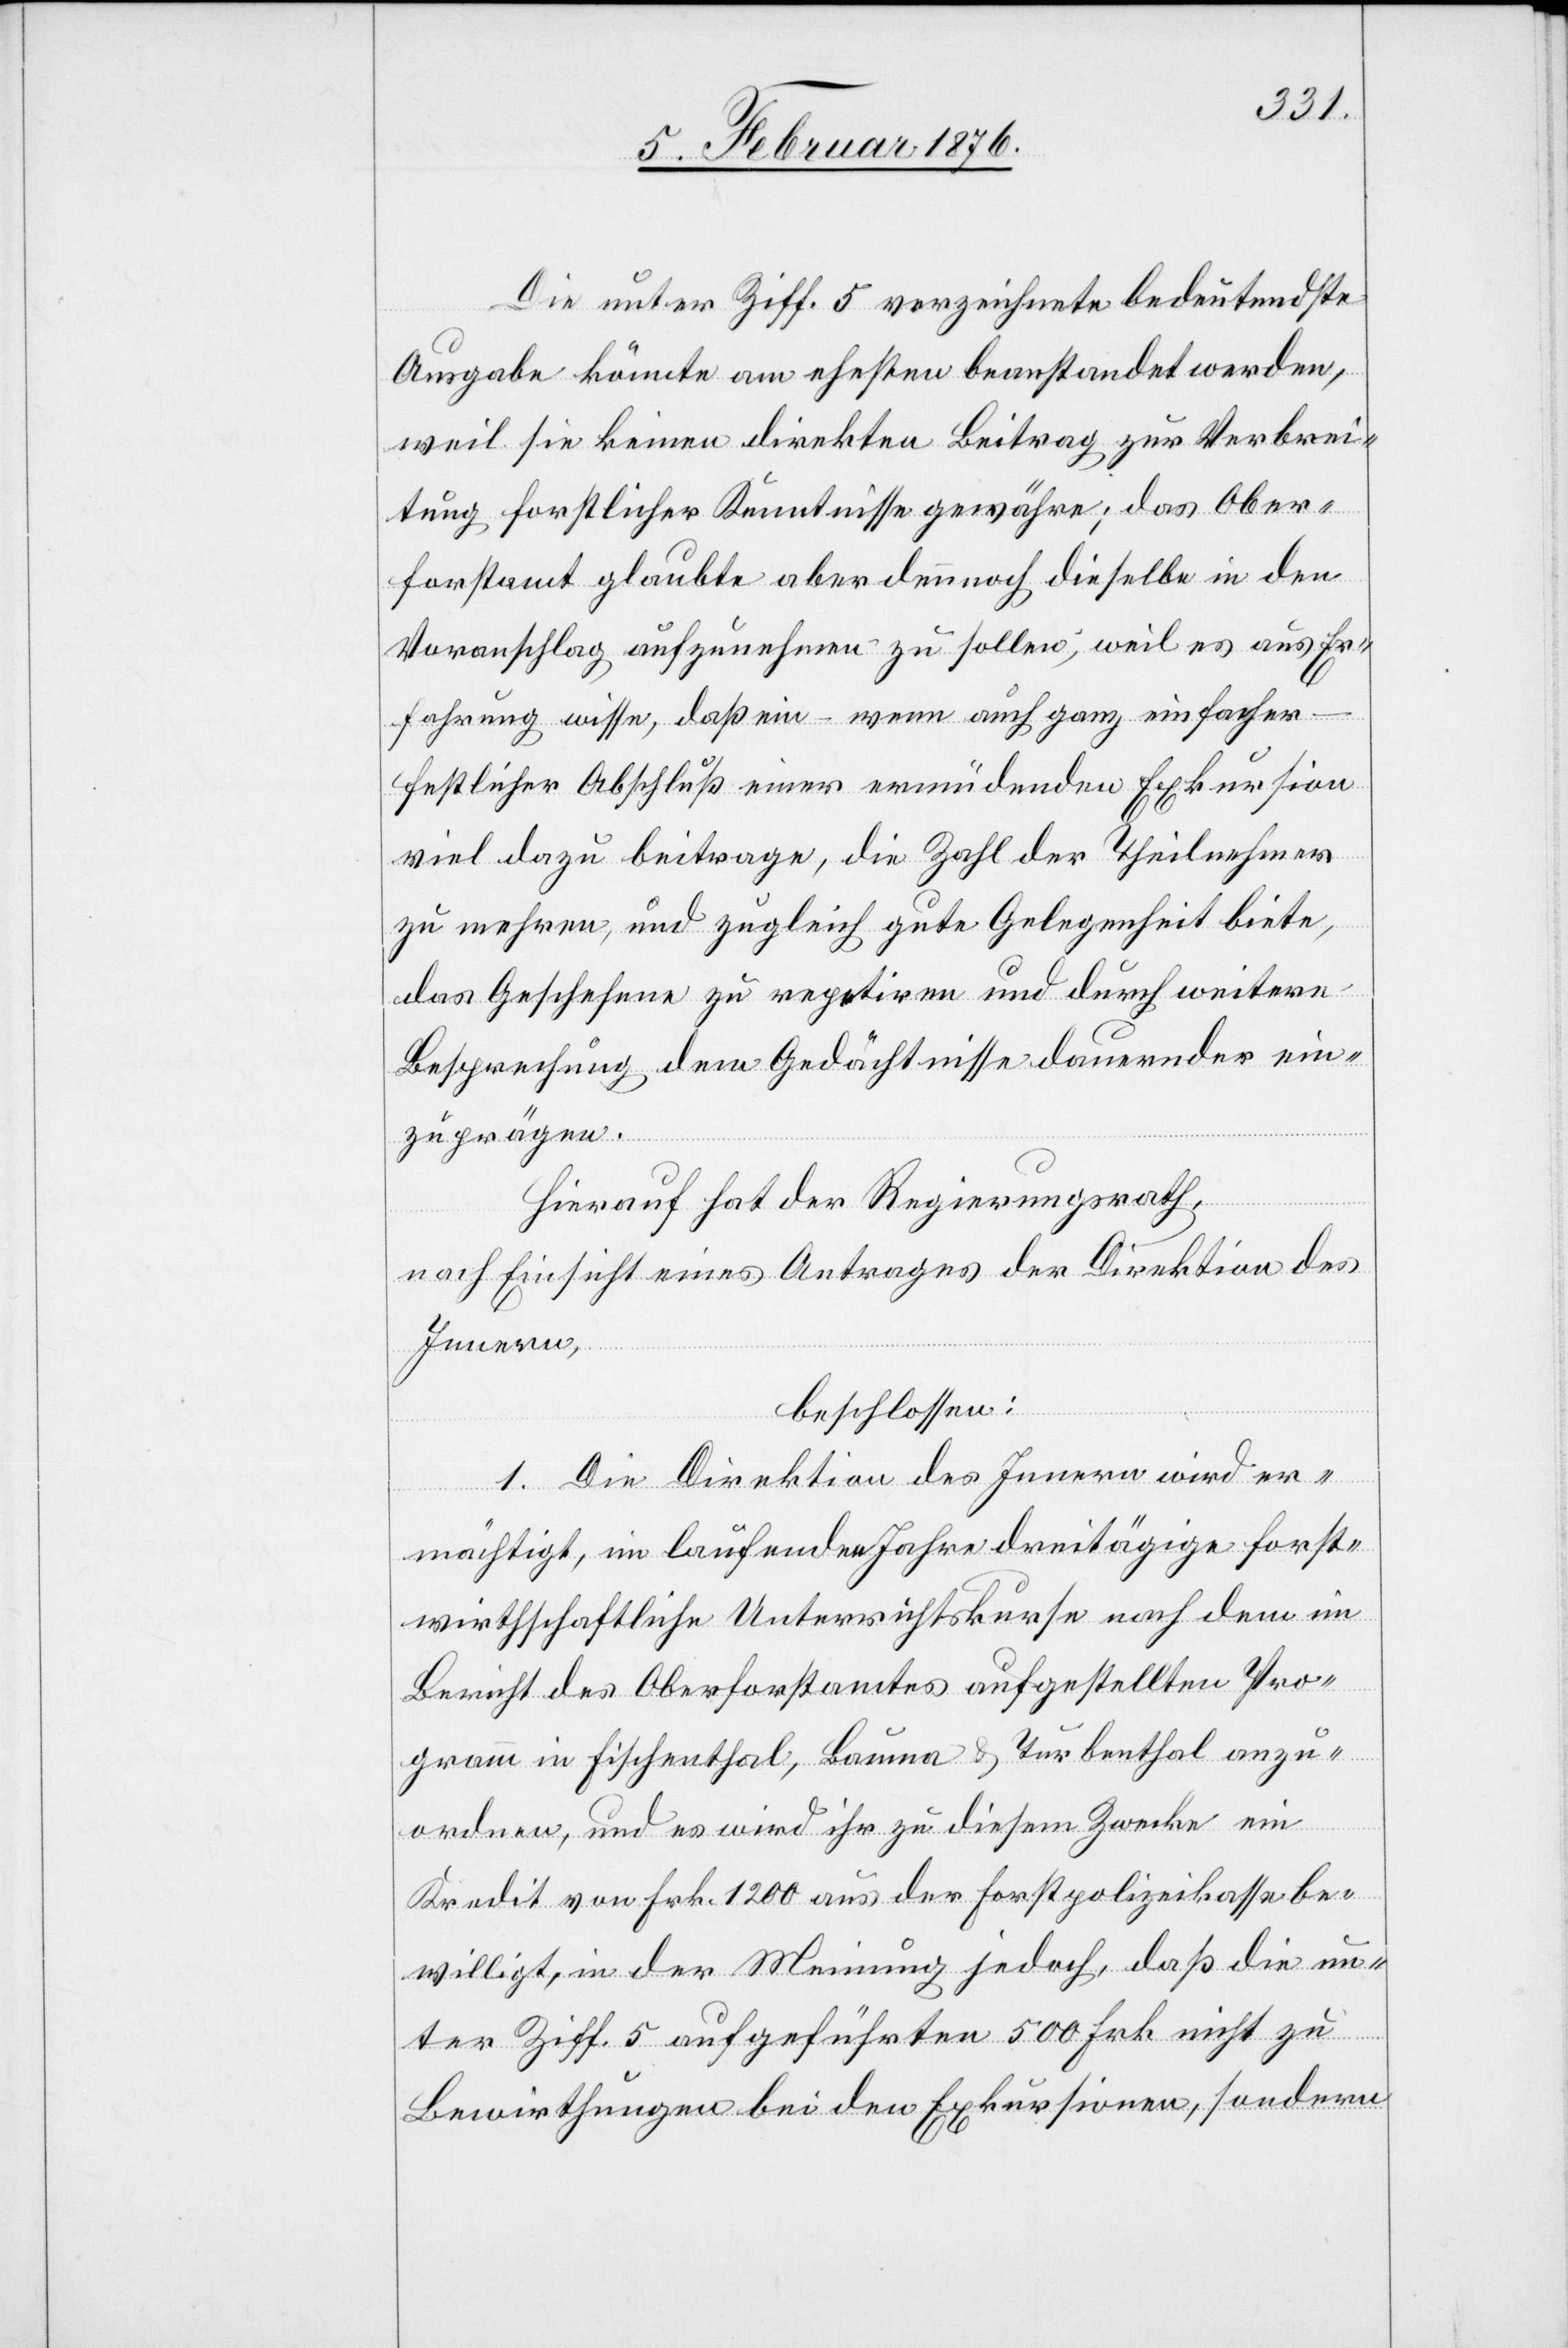
Die unter Ziff. 5 verzeichnete bedeutendste
Ausgabe könnte am ehesten beanstandet werden,
weil sie keinen direkten Beitrag zur Verbrei¬
tung forstlicher Kenntnisse gewähre; das Ober¬
forstamt glaubte aber dennoch dieselbe in den
Voranschlag aufzunehmen zu sollen, weil es aus Er¬
fahrung wisse, daß ein – wenn auch ganz einfacher
festlicher Abschluß einer ermüdenden Exkursion
viel dazu beitrage, die Zahl der Theilnehmer
zu mehren, und zugleich gute Gelegenheit biete,
das Geschehene zu repetiren und durch weitere
Besprechung dem Gedächtnisse dauernder ein¬
zuprägen.
Hierauf hat der Regierungsrath,
nach Einsicht eines Antrages der Direktion des
Innern,
beschlossen:
1. Die Direktion des Innern wird er¬
mächtigt, im laufenden Jahre dreitägige forst¬
wirthschaftliche Unterrichtskurse nach dem im
Bericht des Oberforstamtes aufgestellten Pro¬
gramm in Fischenthal, Bauma, & Turbenthal anzu¬
ordnen, und es wird ihr zu diesem Zwecke ein
Kredit von Frk. 1200 aus der Forstwirthschaftskasse be¬
willigt, in der Meinung jedoch, daß die un¬
ter Ziff. 5 aufgeführten 500 Frk. nicht zu
Bewirthungen bei den Exkursionen, sondern